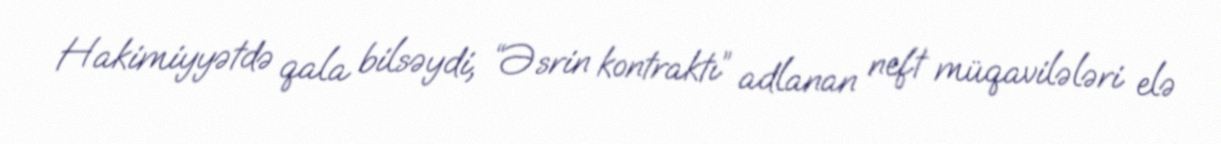
Hakimiyyətdə qala bilsəydi, “Əsrin kontraktı” adlanan neft müqavilələri elə